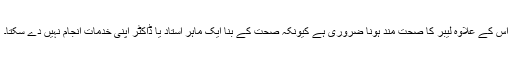
اس کے علاوہ لیبر کا صحت مند ہونا ضروری ہے کیونکہ صحت کے بنا ایک ماہر استاد یا ڈاکٹر اپنی خدمات انجام نہیں دے سکتا۔